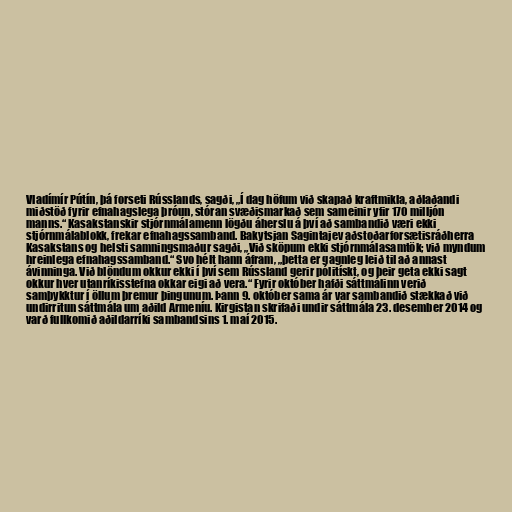
Vladímír Pútín, þá forseti Rússlands, sagði, „Í dag höfum við skapað kraftmikla, aðlaðandi
miðstöð fyrir efnahagslega þróun, stóran svæðismarkað sem sameinir yfir 170 milljón
manns.“ Kasakstanskir stjórnmálamenn lögðu áherslu á því að sambandið væri ekki
stjórnmálablokk, frekar efnahagssamband. Bakytsjan Sagintajev aðstoðarforsætisráðherra
Kasakstans og helsti samningsmaður sagði, „Við sköpum ekki stjórnmálasamtök; við myndum
hreinlega efnahagssamband.“ Svo hélt hann áfram, „þetta er gagnleg leið til að annast
ávinninga. Við blöndum okkur ekki í því sem Rússland gerir pólitískt, og þeir geta ekki sagt
okkur hver utanríkisstefna okkar eigi að vera.“ Fyrir október hafði sáttmálinn verið
samþykktur í öllum þremur þingunum. Þann 9. október sama ár var sambandið stækkað við
undirritun sáttmála um aðild Armeníu. Kirgistan skrifaði undir sáttmála 23. desember 2014 og
varð fullkomið aðildarríki sambandsins 1. maí 2015.